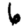
Digit: 6